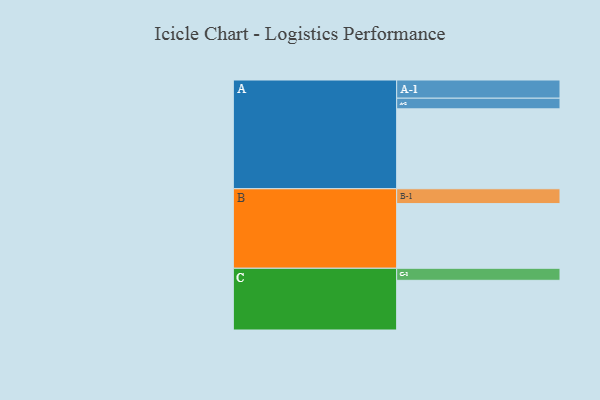
{"axis": {"x": "Segment", "y": "Value"}, "legend": ["", "A", "B", "C"], "data": [{"x": "A", "y": 571, "type": ""}, {"x": "B", "y": 462, "type": ""}, {"x": "C", "y": 355, "type": ""}, {"x": "A-1", "y": 130, "type": "A"}, {"x": "A-2", "y": 76, "type": "A"}, {"x": "B-1", "y": 106, "type": "B"}, {"x": "C-1", "y": 86, "type": "C"}]}